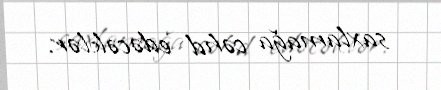
saxlamağa cəhd edəcəklər.